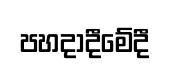
පහදාදීමේදී